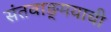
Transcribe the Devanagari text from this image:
संतवाङ्‌मयाची